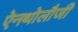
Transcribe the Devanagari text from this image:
ऐनथोलौजी